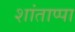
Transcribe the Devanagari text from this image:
शांताप्पा